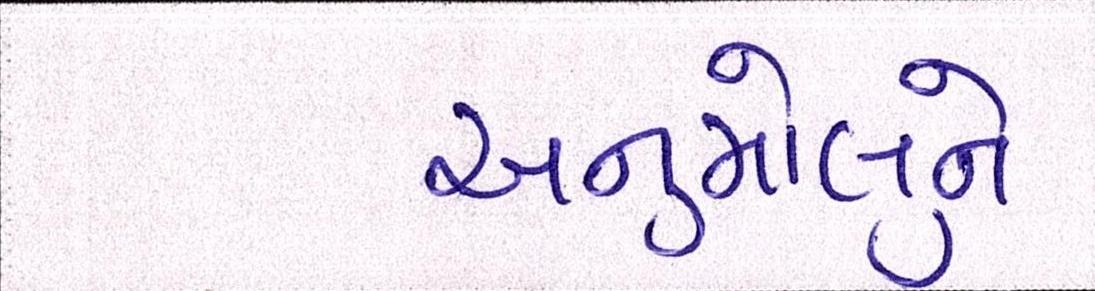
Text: અનુમોલુને